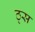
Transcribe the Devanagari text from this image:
ठ्स